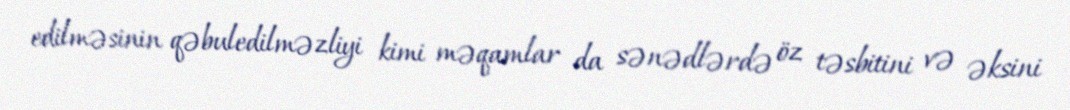
edilməsinin qəbuledilməzliyi kimi məqamlar da sənədlərdə öz təsbitini və əksini